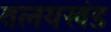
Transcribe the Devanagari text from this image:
वलयखंड